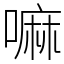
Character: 嘛